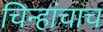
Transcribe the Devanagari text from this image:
चिन्हांचाच